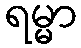
ရမ္မာ